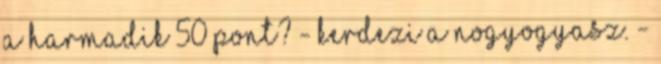
a harmadik 50 pont? - kerdezi a nogyogyasz. -